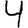
Digit: 4